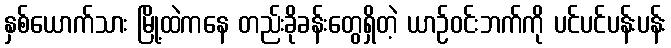
နှစ်ယောက်သား မြို့ထဲကနေ တည်းခိုခန်းတွေရှိတဲ့ ယာဉ်ဝင်းဘက်ကို ပင်ပင်ပန်းပန်း